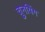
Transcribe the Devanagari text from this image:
चुनयिंग